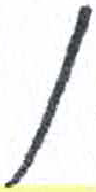
אות: ן